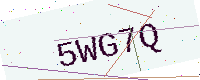
Text: 5WG7Q